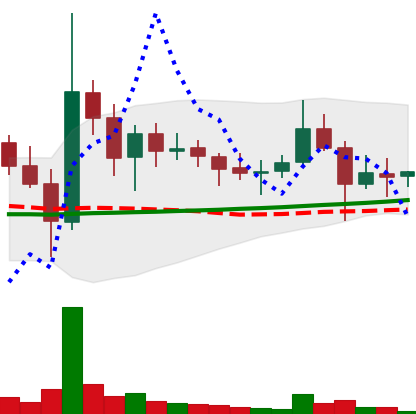
Ticker: DOGE-USD
Chart end date: 2021-11-13
Forward return: -15.408%
Label: down_7plus